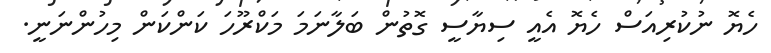
ހެޔޮ ނުކުރިއަސް ހެޔޮ އެއީ ސިޔާސީ ގޮތުން ބަލާނަމަ މަކްރޫހަ ކަންކަން މިހުންނަނީ.